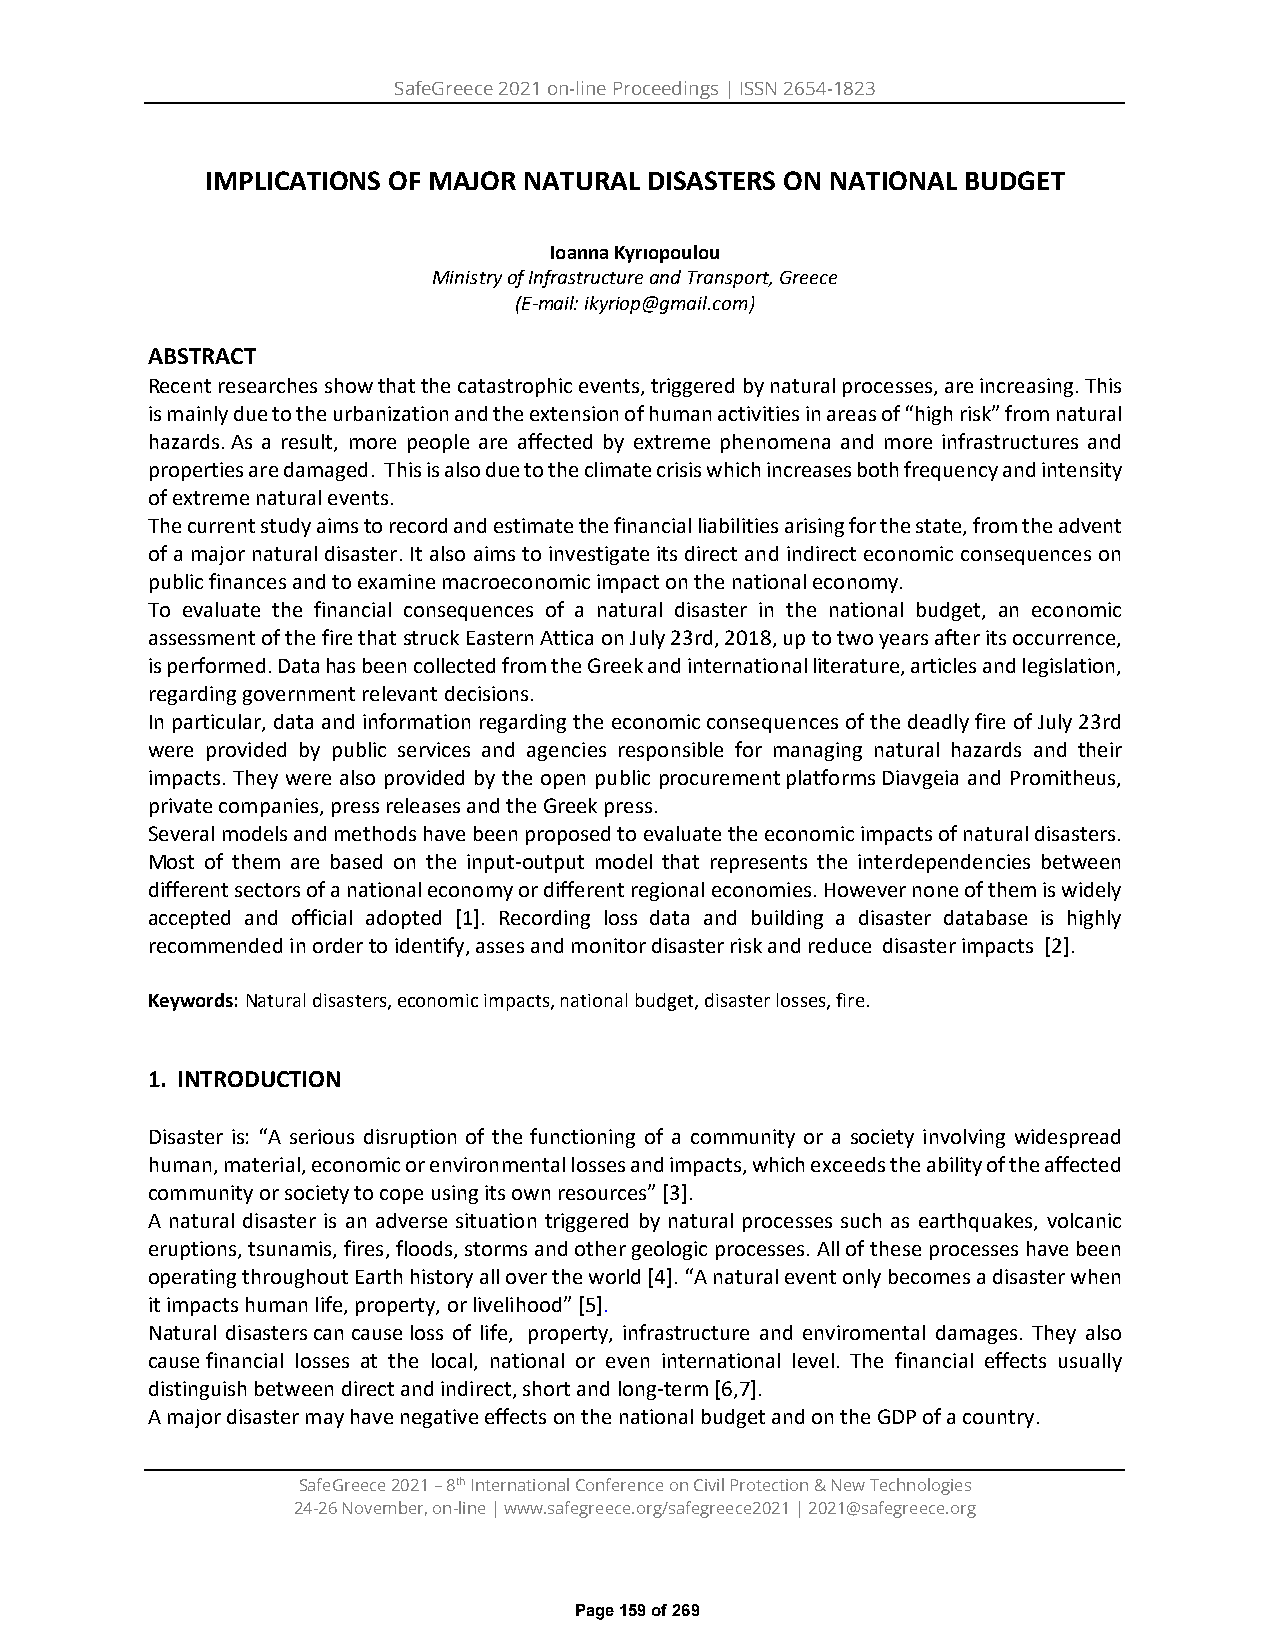
SafeGreece 2021 on-line Proceedings | ISSN 2654-1823
 IMPLICATIONS OF MAJOR NATURAL DISASTERS ON NATIONAL BUDGET
 Ioanna Kyrıopoulou
 Ministry of Infrastructure and Transport, Greece
 (E-mail: ikyriop@gmail.com)
 ABSTRACT
 Recent researches show that the catastrophic events, triggered by natural processes, are increasing. This
 is mainly due to the urbanization and the extension of human activities in areas of “high risk” from natural
 hazards. As a result, more people are affected by extreme phenomena and more infrastructures and
 properties are damaged. This is also due to the climate crisis which increases both frequency and intensity
 of extreme natural events.
 The current study aims to record and estimate the financial liabilities arising for the state, from the advent
 of a major natural disaster. It also aims to investigate its direct and indirect economic consequences on
 public finances and to examine macroeconomic impact on the national economy.
 To evaluate the financial consequences of a natural disaster in the national budget, an economic
 assessment of the fire that struck Eastern Attica on July 23rd, 2018, up to two years after its occurrence,
 is performed. Data has been collected from the Greek and international literature, articles and legislation,
 regarding government relevant decisions.
 In particular, data and information regarding the economic consequences of the deadly fire of July 23rd
 were provided by public services and agencies responsible for managing natural hazards and their
 impacts. They were also provided by the open public procurement platforms Diavgeia and Promitheus,
 private companies, press releases and the Greek press.
 Several models and methods have been proposed to evaluate the economic impacts of natural disasters.
 Most of them are based on the input-output model that represents the interdependencies between
 different sectors of a national economy or different regional economies. However none of them is widely
 accepted and official adopted [1]. Recording loss data and building a disaster database is highly
 recommended in order to identify, asses and monitor disaster risk and reduce disaster impacts [2].
 Keywords: Natural disasters, economic impacts, national budget, disaster losses, fire.
 1. INTRODUCTION
 Disaster is: “A serious disruption of the functioning of a community or a society involving widespread
 human, material, economic or environmental losses and impacts, which exceeds the ability of the affected
 community or society to cope using its own resources” [3].
 A natural disaster is an adverse situation triggered by natural processes such as earthquakes, volcanic
 eruptions, tsunamis, fires, floods, storms and other geologic processes. All of these processes have been
 operating throughout Earth history all over the world [4]. “A natural event only becomes a disaster when
 it impacts human life, property, or livelihood” [5].
 Natural disasters can cause loss of life, property, infrastructure and enviromental damages. They also
 cause financial losses at the local, national or even international level. The financial effects usually
 distinguish between direct and indirect, short and long-term [6,7].
 A major disaster may have negative effects on the national budget and on the GDP of a country.
 SafeGreece 2021 – 8th International Conference on Civil Protection & New Technologies
 24-26 November, on-line | www.safegreece.org/safegreece2021 | 2021@safegreece.org
 Page 159 of 269